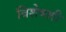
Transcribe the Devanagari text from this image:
विशेषशी